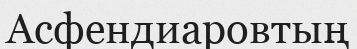
Асфендиаровтың